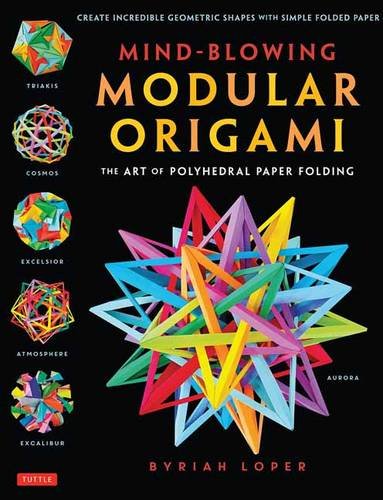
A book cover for Mind-Blowing Modular Origami: The Art of Polyhedral Paper Folding; Byriah Loper; Humor & Entertainment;